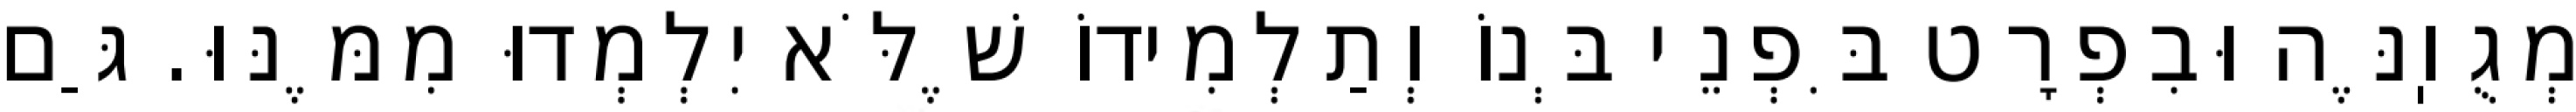
מְגֻוֽנֶּה וּבִפְרָט בִּפְנֵי בְּנוֹ וְתַלְמִידוֹ שֶׁלֹּא יִלְמְדוּ מִמֶּנּוּ. גַּם